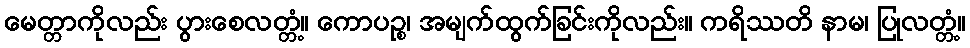
မေတ္တာကိုလည်း ပွားစေလတ္တံ့။ ကောပဉ္စ၊ အမျက်ထွက်ခြင်းကိုလည်း။ ကရိဿတိ နာမ၊ ပြုလတ္တံ့။